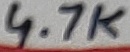
Text: 4.7K